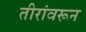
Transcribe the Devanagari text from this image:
तीरांवरून